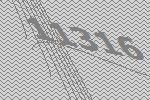
11316